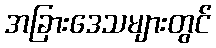
အခြားဒေသများတွင်